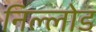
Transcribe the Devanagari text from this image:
निल्लोड